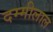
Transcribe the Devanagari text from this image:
दम्मीलाल